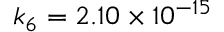
k _ { 6 } = 2 . 1 0 \times 1 0 ^ { - 1 5 }